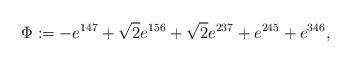
LaTeX: \begin{align*}\Phi := - e^{147} + \sqrt{2} e^{156} + \sqrt{2} e^{237} + e^{245} + e^{346},\end{align*}